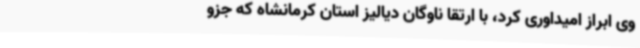
وی ابراز امیداوری کرد، با ارتقا ناوگان دیالیز استان کرمانشاه که جزو